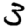
Digit: 3